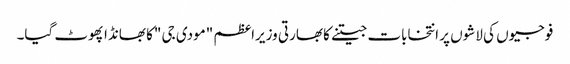
فوجیوں کی لاشوں پر انتخابات جیتنے کا بھارتی وزیراعظم "مودی جی "کا بھانڈا پھوٹ گیا۔